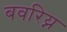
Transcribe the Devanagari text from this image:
बवरिय्न